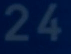
24